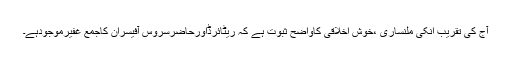
آج کی تقریب انکی ملنساری ،خوش اخلاقی کاواضح ثبوت ہے کہ ریٹائرڈاورحاضرسروس آفیسران کاجمع غفیرموجودہے۔